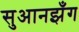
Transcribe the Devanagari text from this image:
सुआनझँग